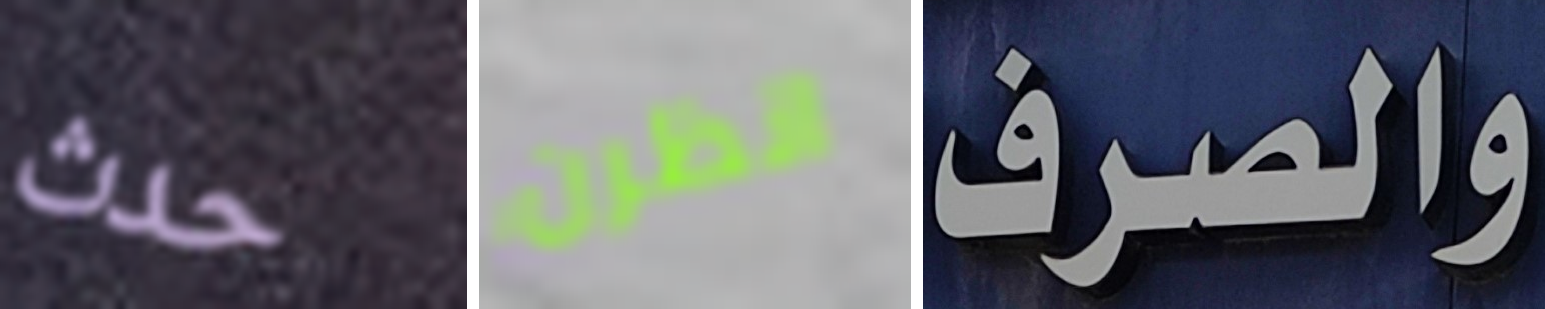
حدث انظرن والصرف